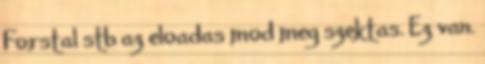
Forstal stb az eloadas mod meg szektas. Ez van.